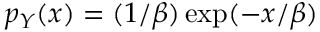
p _ { Y } ( x ) = ( 1 / \beta ) \exp ( - x / \beta )